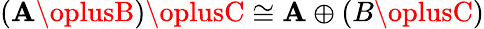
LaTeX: (\mathbf{A}\oplusB)\oplusC\cong\mathbf{A}\oplus(B\oplusC)